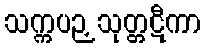
သက္ကပဉှသုတ္တဋီကာ